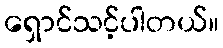
ရှောင်သင့်ပါတယ်။